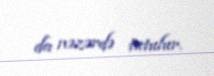
da nəzərdə tutulur.